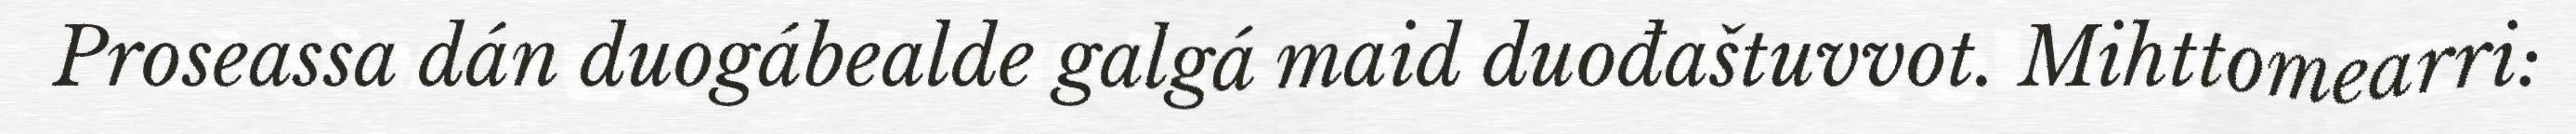
Proseassa dán duogábealde galgá maid duođaštuvvot. Mihttomearri: